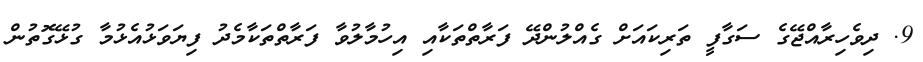
9. ދިވެހިރާއްޖޭގެ ސަގާފީ ތަރިކައަށް ގެއްލުންދޭ ފަރާތްތަކާއި އިހުމާލުވާ ފަރާތްތަކާމެދު ފިޔަވަޅުއެޅުމާ ގުޅޭގޮތުން